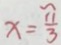
x = \frac { \pi } { 3 }